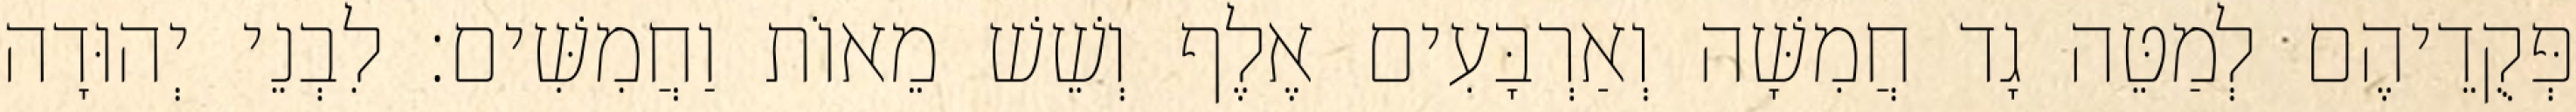
פְּקֻדֵיהֶם לְמַטֵּה גָד חֲמִשָּׁה וְאַרְבָּעִים אֶלֶף וְשֵׁשׁ מֵאוֹת וַחֲמִשִּׁים׃ לִבְנֵי יְהוּדָה